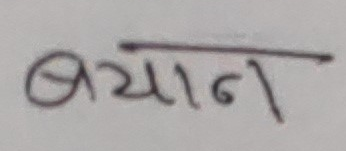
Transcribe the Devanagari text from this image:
बयान